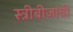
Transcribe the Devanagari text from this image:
स्त्रीबीजांची